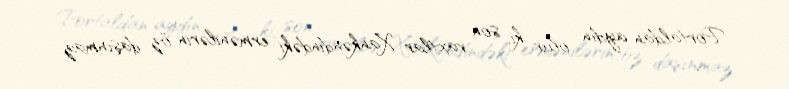
Portaldan aydın olur ki, son vaxtlar Xankəndindəki ermənilərin öz daşınmaz